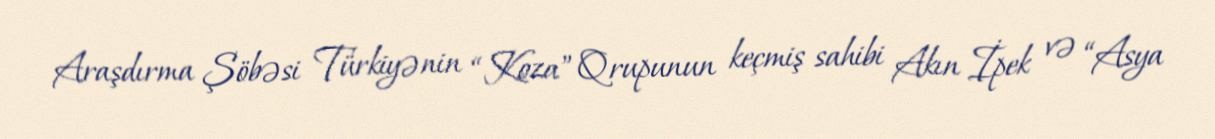
Araşdırma Şöbəsi Türkiyənin “Koza” Qrupunun keçmiş sahibi Akın İpek və “Asya